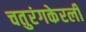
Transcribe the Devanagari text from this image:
चतुरंगकेरली